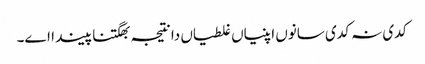
‏ کدی نہ کدی سانوں اپنیاں غلطیاں دا نتیجہ بھگتنا پیندا اے۔